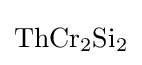
{\ce {ThCr2Si2}}